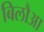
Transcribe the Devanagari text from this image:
बिलौआ